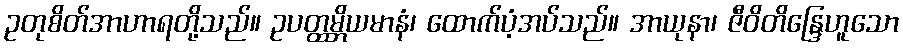
ဥတုစိတ်အာဟာရတို့သည်။ ဥပတ္ထမ္ဘိယမာနံ၊ ထောက်ပံ့အပ်သည်။ အာယုနာ၊ ဇီဝိတိန္ဒြေဟူသော